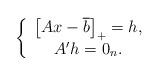
LaTeX: \begin{align*}\left\{ \begin{array}{c}\left[ Ax-\overline{b}\right] _{+}=h, \\ A^{\prime }h=0_{n}.\end{array}\right. \end{align*}